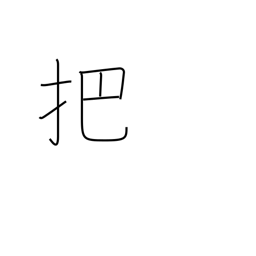
Meaning: faggot